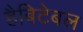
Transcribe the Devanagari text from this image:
हैबिटेबल